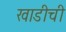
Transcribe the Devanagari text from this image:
खाडीची